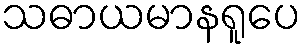
သဓာယမာနရူပေ